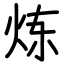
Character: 炼